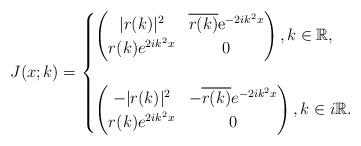
LaTeX: \begin{align*}J(x;k)=\begin{cases}\begin{pmatrix}|r(k)|^2 & \overline{r(k)} \mathrm{e}^{-2ik^2 x}\\r(k) e^{2ik^2 x} & 0\end{pmatrix},k \in \mathbb{R},\\ \\\begin{pmatrix}-|r(k)|^2 & -\overline{r(k)} e^{-2ik^2x} \\r(k) e^{2ik^2x} & 0\end{pmatrix}, k \in i\mathbb{R}. \end{cases}\end{align*}